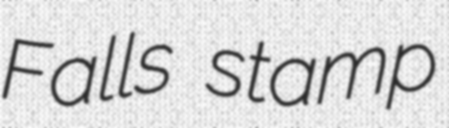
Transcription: Falls stamp